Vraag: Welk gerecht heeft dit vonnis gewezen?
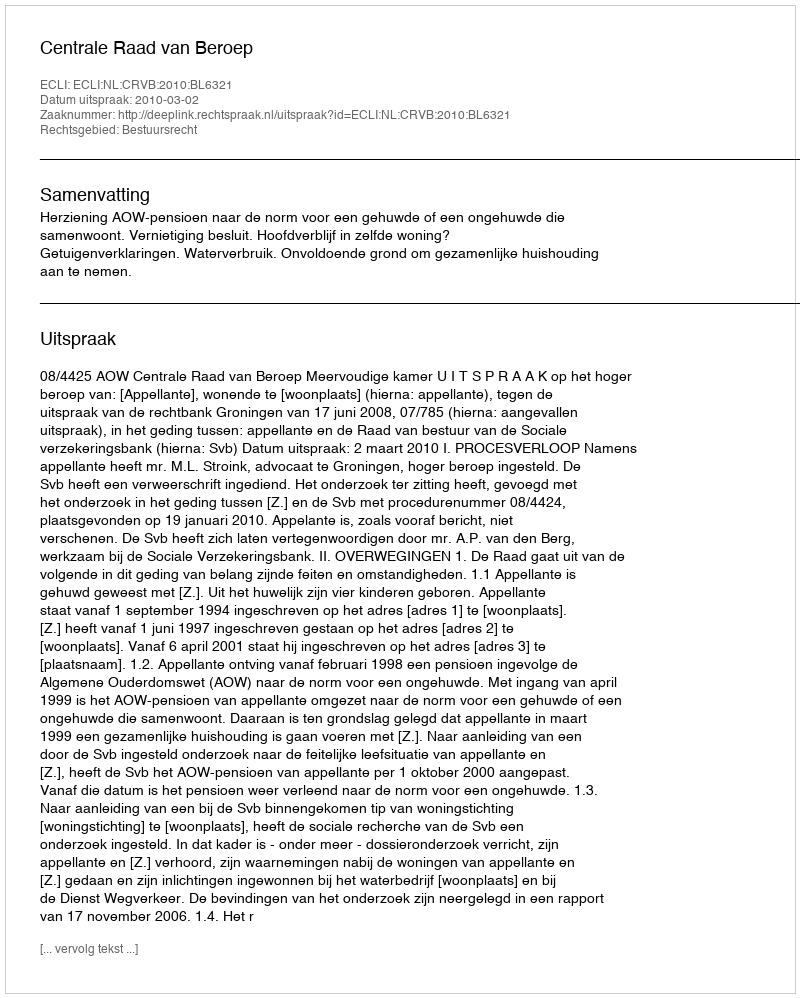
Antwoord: Centrale Raad van Beroep